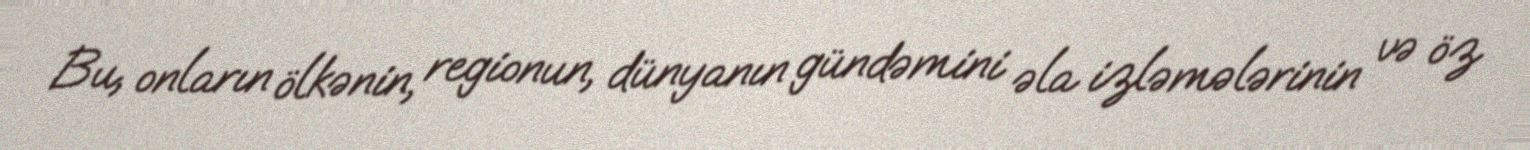
Bu, onların ölkənin, regionun, dünyanın gündəmini əla izləmələrinin və öz